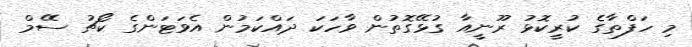
މި ހަފްތާގެ ކުރީކޮޅު ރޫނީއާ ގުޅޭގޮތުން ވާހަކަ ދައްކަމުން އެވަޓަންގެ ކޯޗު ސޭމް